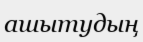
ашытудың